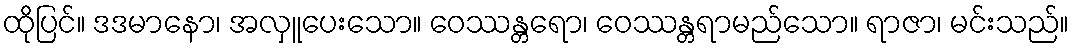
ထိုပြင်။ ဒဒမာနော၊ အလှူပေးသော။ ဝေဿန္တရော၊ ဝေဿန္တရာမည်သော။ ရာဇာ၊ မင်းသည်။